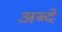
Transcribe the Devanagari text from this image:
अब्दे